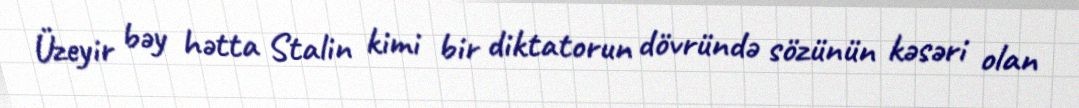
Üzeyir bəy hətta Stalin kimi bir diktatorun dövründə sözünün kəsəri olan